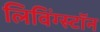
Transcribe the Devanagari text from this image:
लिविंग्स्टॉन